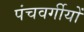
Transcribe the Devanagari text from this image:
पंचवर्गीयों